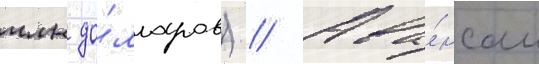
млн до́лларов) // Ава́нсом